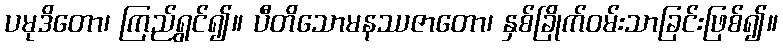
ပမုဒိတော၊ ကြည်ရွှင်၍။ ပီတိသောမနဿဇာတော၊ နှစ်ခြိုက်ဝမ်းသာခြင်းဖြစ်၍။